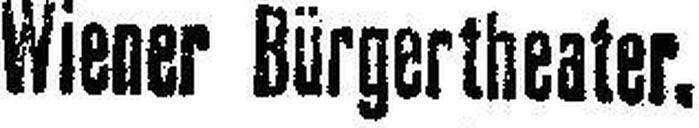
Wiener Bürgertheater.